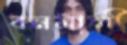
বনমালী